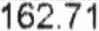
162.71